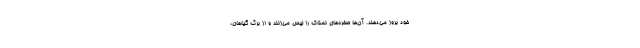
خود بروز می‌دهند. آن‌ها صخره‌های نمناک را لیس می‌زنند و از برگ گیاهان،